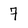
Character: 7